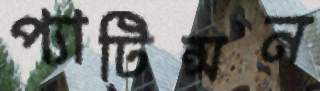
প্যাটিন্সন